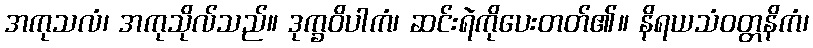
အကုသလံ၊ အကုသိုလ်သည်။ ဒုက္ခဝိပါကံ၊ ဆင်းရဲကိုပေးတတ်၏။ နိရယသံဝတ္တနိကံ၊